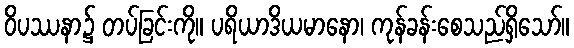
ဝိပဿနာ၌ တပ်ခြင်းကို။ ပရိယာဒိယမာနော၊ ကုန်ခန်းစေသည်ရှိသော်။